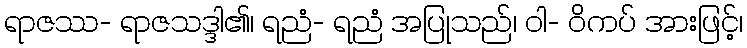
ရာဇဿ- ရာဇသဒ္ဒါ၏၊ ရညံ- ရညံ အပြုသည်၊ ဝါ- ဝိကပ် အားဖြင့်၊